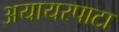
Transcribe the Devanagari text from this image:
अयायरपाटा